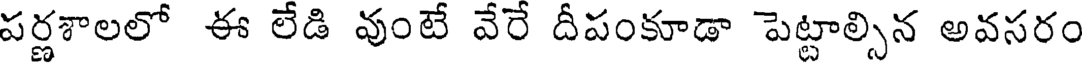
పర్ణశాలలో ఈ లేడి వుంటే వేరే దీపంకూడా పెట్టాల్సిన అవసరం